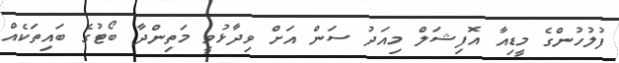
ފުލުހުންގެ މީޑިއާ އޮފިޝަލް މިއަދު ސަން އަށް ވިދާޅުވީ މަތިންދާ ބޯޓުގެ ބައިތަކެއް